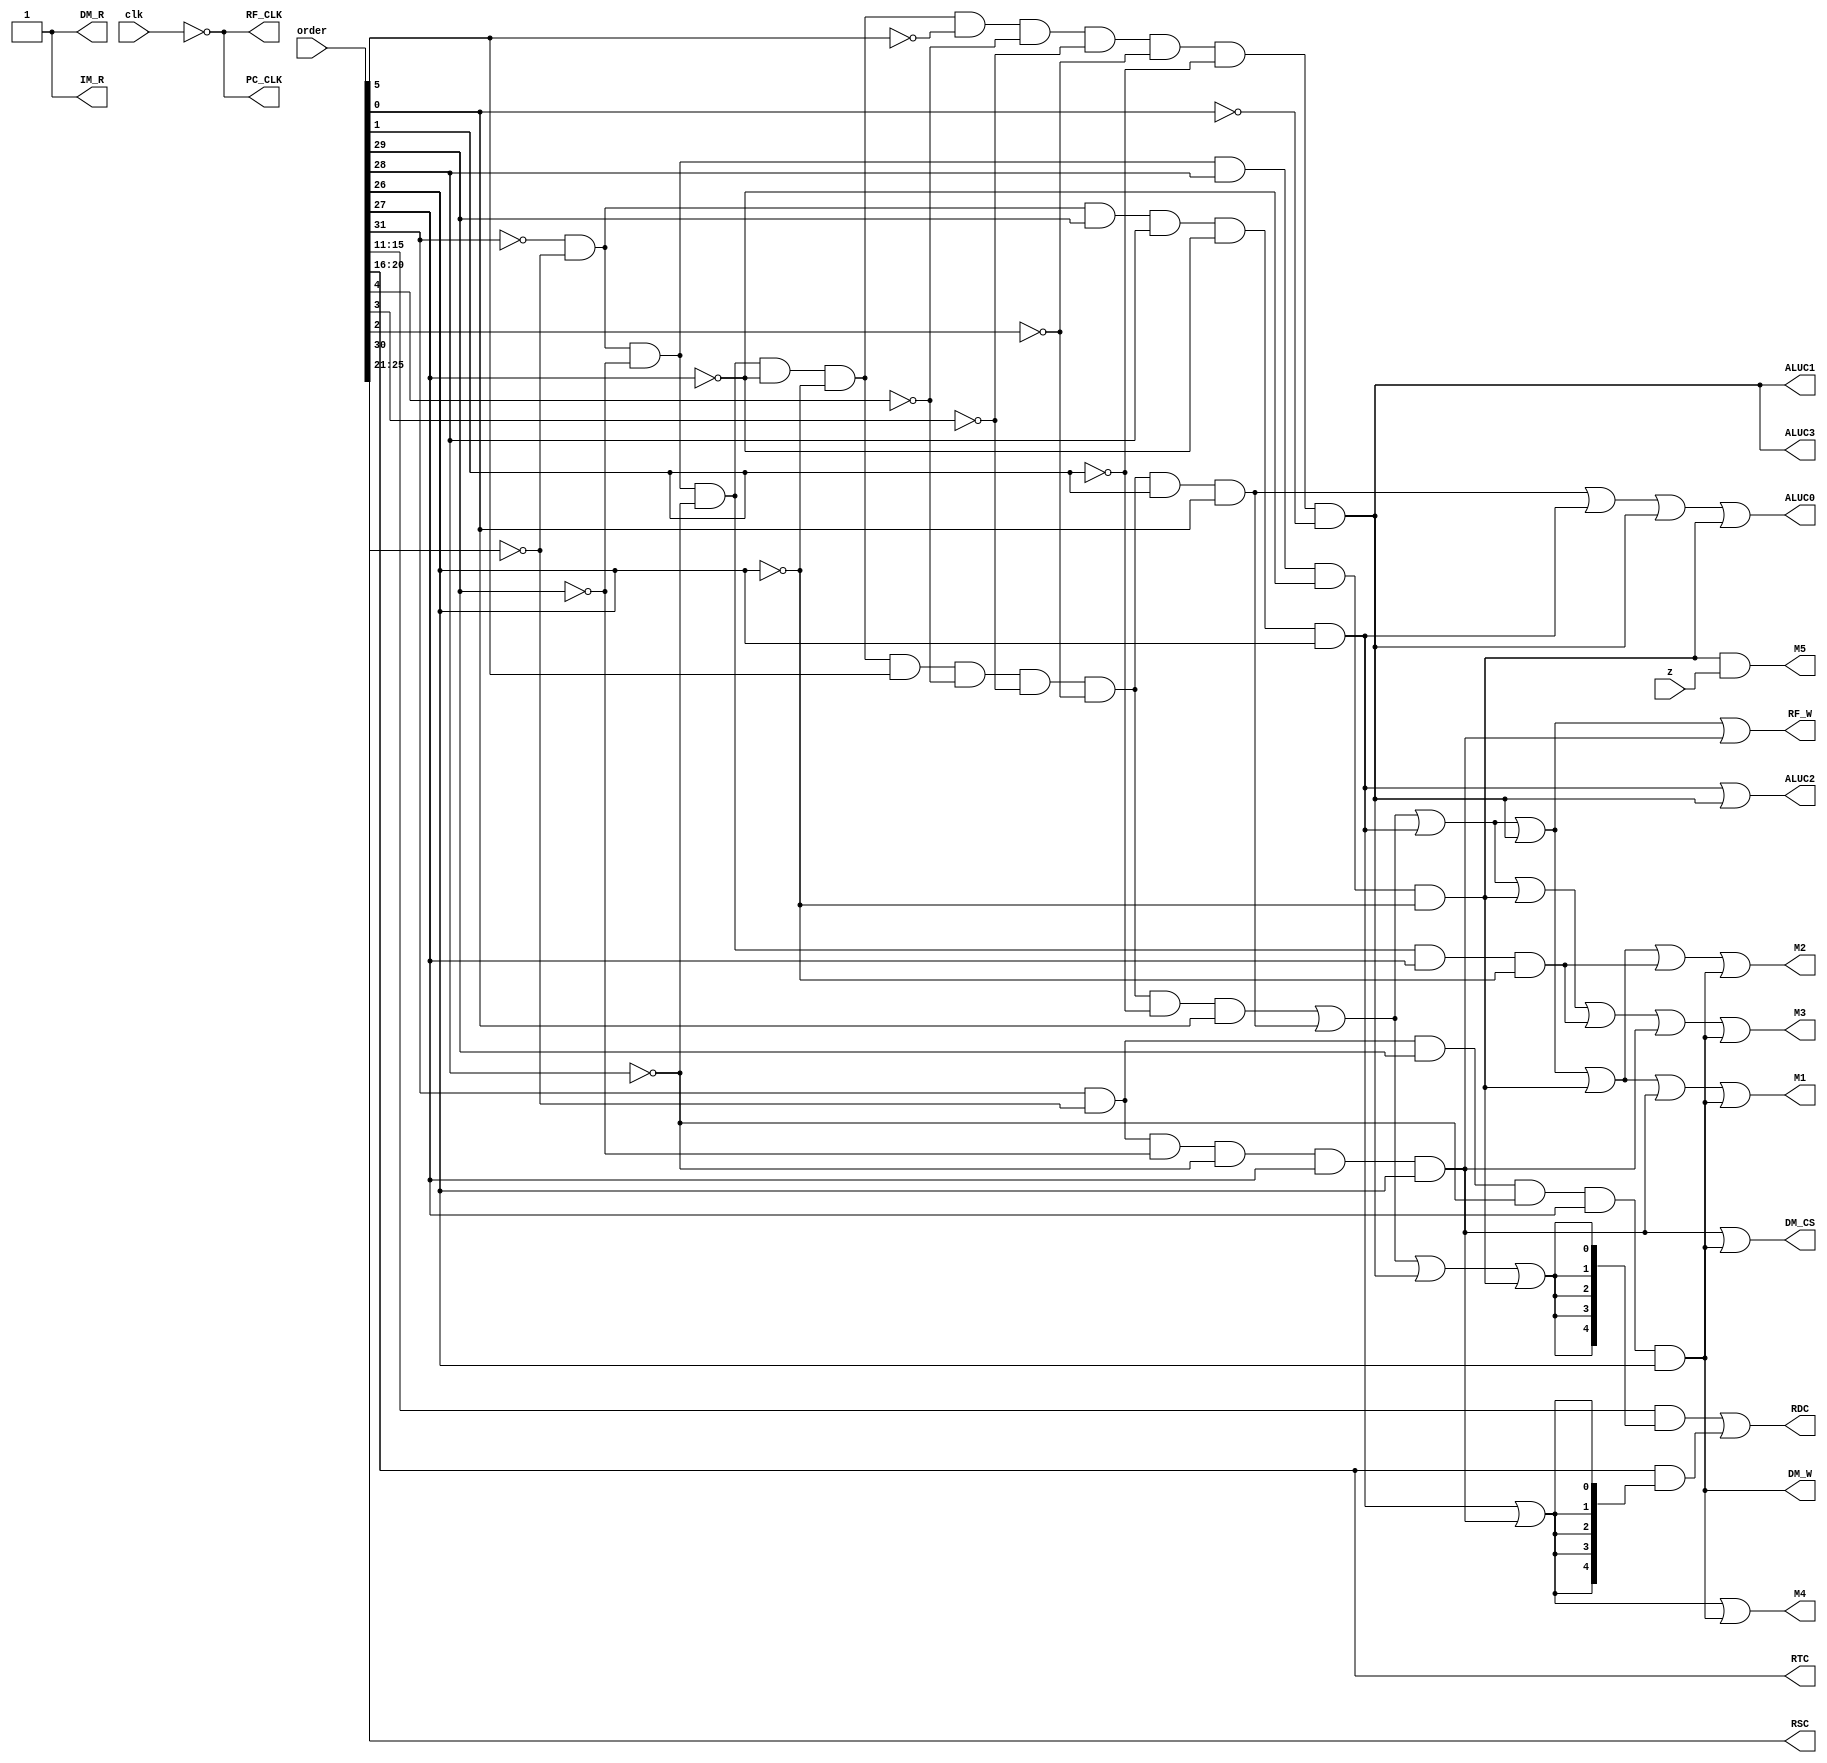
`timescale 1ns / 1ps
//////////////////////////////////////////////////////////////////////////////////
// Company: 
// Engineer: 
// 
// Design Name: 
// Module Name:    control 
// Project Name: 
// Target Devices: 
// Tool versions: 
// Description: 
//
// Dependencies: 
//
// Revision: 
// Revision 0.01 - File Created
// Additional Comments: 
//
//////////////////////////////////////////////////////////////////////////////////
module control(
	 input [31:0] order,
	 input clk,
	 input z,
	 output PC_CLK,
	 output IM_R,
	 output [4:0] RSC,
	 output [4:0] RTC,
	 output M3,
	 output M4,
	 output ALUC3,
	 output ALUC2,
	 output ALUC1,
	 output ALUC0,
	 output M2,
	 output [4:0] RDC,
	 output RF_W,
	 output RF_CLK,
	 output M5,
	 output M1,
	 output DM_CS,
	 output DM_R,
	 output DM_W
    );
	 wire [5:0] op = order[31:26];
	 wire [5:0] func = order[5:0];
	 wire r_type = ~|op;
	 
	 wire op_0 = ~order[31]&~order[30]&~order[29]&~order[28]&~order[27]&~order[26]&order[5]&~order[4]&~order[3]&~order[2]&~order[1]&order[0];  //op_0 addu
	 //wire op_0=r_type&func[5]&~func[4]&~func[3]&~func[2]&~func[1]&func[0];

	 wire op_1 = ~order[31]&~order[30]&~order[29]&~order[28]&~order[27]&~order[26]&order[5]&~order[4]&~order[3]&~order[2]&order[1]&order[0];  //op_1 sub
	 //wire op_1=r_type&func[5]&~func[4]&~func[3]&~func[2]&func[1]&func[0];

	 wire op_2 = ~order[31]&~order[30]&order[29]&order[28]&~order[27]&order[26];  //op_2 ori
    //wire op_2=~op[5]&~op[4]&op[3]&op[2]&~op[1]&op[0];
	 
	 wire op_3 = ~order[31]&~order[30]&~order[29]&~order[28]&~order[27]&~order[26]&~order[5]&~order[4]&~order[3]&~order[2]&~order[1]&~order[0]; // op_3 sll
	 //wire op_3=r_type&~func[5]&~func[4]&~func[3]&~func[2]&~func[1]&~func[0];
	 
	 wire op_4 = ~order[31]&~order[30]&~order[29]&order[28]&~order[27]&~order[26];  //op_4 beq
	 //wire op_4=~op[5]&~op[4]&~op[3]&op[2]&~op[1]&~op[0];

	 wire op_5 = ~order[31]&~order[30]&~order[29]&~order[28]&order[27]&~order[26];  //op_5 J target
	 //wire op_5=~op[5]&~op[4]&~op[3]&~op[2]&op[1]&~op[0];

	 wire op_6 = order[31]&~order[30]&~order[29]&~order[28]&order[27]&order[26];  //op_6 LW
	 //wire op_6=op[5]&~op[4]&~op[3]&~op[2]&op[1]&op[0];
	 
	 wire op_7 = order[31]&~order[30]&order[29]&~order[28]&order[27]&order[26];  //op_7 SW
	// wire op_7=op[5]&~op[4]&op[3]&~op[2]&op[1]&op[0];

	 
	 assign PC_CLK = ~clk;
	 assign IM_R = 1'b1;
	 assign RSC = order[25:21];
	 assign RTC = order[20:16];
	 assign M3 = op_0|op_1|op_2|op_4|op_5|op_6|op_7;
	 assign M4 = op_2|op_6|op_7;
	 assign ALUC3 = op_3;
	 assign ALUC2 = op_2|op_3;
	 assign ALUC1 = op_3;
	 assign ALUC0 = op_1|op_2|op_3|op_4;
	 assign M2 = op_0|op_1|op_2|op_3|op_4|op_5|op_7;
	 //assign RDC = (order[15:11]&(op_0|op_1|op_3|op_4))|(order[20:16]&(op_2|op_6));
	 assign RDC=(order[15:11]&{5{op_0|op_1|op_3|op_4}})|(order[20:16]&{5{op_2|op_6}});
	 assign RF_W = op_0|op_1|op_2|op_3|op_6;
	 assign RF_CLK = ~clk;
	 assign M5 = op_4&z;
	 assign M1 = op_0|op_1|op_2|op_3|op_4|op_6|op_7;
	 assign DM_CS = op_6|op_7;
	 //assign DM_R = op_6;
	 assign DM_R = 1;
	 assign DM_W = op_7;
	 //assign M6 = op_2||op_6;
	 

endmodule